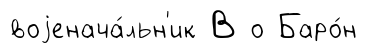
воjенача́льн'ик В о Баро́н